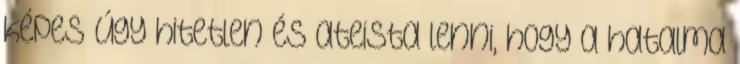
képes úgy hitetlen és ateista lenni, hogy a hatalma